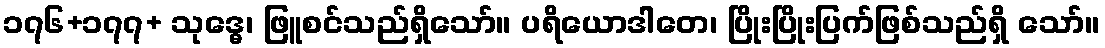
၁၇၆+၁၇၇+ သုဒ္ဓေ၊ ဖြူစင်သည်ရှိသော်။ ပရိယောဒါတေ၊ ပြိုးပြိုးပြက်ဖြစ်သည်ရှိ သော်။